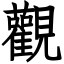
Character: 觀